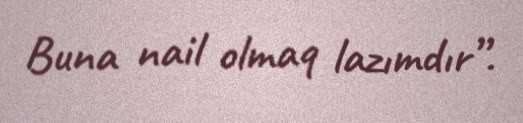
Buna nail olmaq lazımdır”.